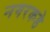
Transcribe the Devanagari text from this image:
नगरकडे